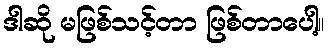
ဒါဆို မဖြစ်သင့်တာ ဖြစ်တာပေါ့။